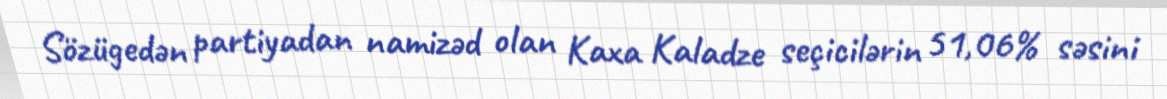
Sözügedən partiyadan namizəd olan Kaxa Kaladze seçicilərin 51,06% səsini